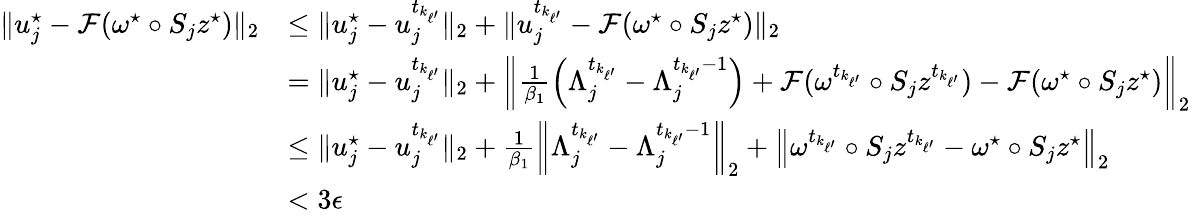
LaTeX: \begin{array}{rl}{\| u_{j}^{\star}-\mathcal{F}(\omega^{\star}\circ S_{j}z^{\star})\| _{2}}&{\leq\| u_{j}^{\star}-u_{j}^{t_{k_{\ell^{\prime}}}}\| _{2}+\| u_{j}^{t_{k_{\ell^{\prime}}}}-\mathcal{F}(\omega^{\star}\circ S_{j}z^{\star})\| _{2}}\\ &{=\| u_{j}^{\star}-u_{j}^{t_{k_{\ell^{\prime}}}}\| _{2}+\left\| \frac{1}{\beta_{1}}\left(\Lambda_{j}^{t_{k_{\ell^{\prime}}}}-\Lambda_{j}^{t_{k_{\ell^{\prime}}}-1}\right)+\mathcal{F}(\omega^{t_{k_{\ell^{\prime}}}}\circ S_{j}z^{t_{k_{\ell^{\prime}}}})-\mathcal{F}(\omega^{\star}\circ S_{j}z^{\star})\right\| _{2}}\\ &{\leq\| u_{j}^{\star}-u_{j}^{t_{k_{\ell^{\prime}}}}\| _{2}+\frac{1}{\beta_{1}}\left\| \Lambda_{j}^{t_{k_{\ell^{\prime}}}}-\Lambda_{j}^{t_{k_{\ell^{\prime}}}-1}\right\| _{2}+\left\| \omega^{t_{k_{\ell^{\prime}}}}\circ S_{j}z^{t_{k_{\ell^{\prime}}}}-\omega^{\star}\circ S_{j}z^{\star}\right\| _{2}}\\ &{<3\epsilon}\end{array}